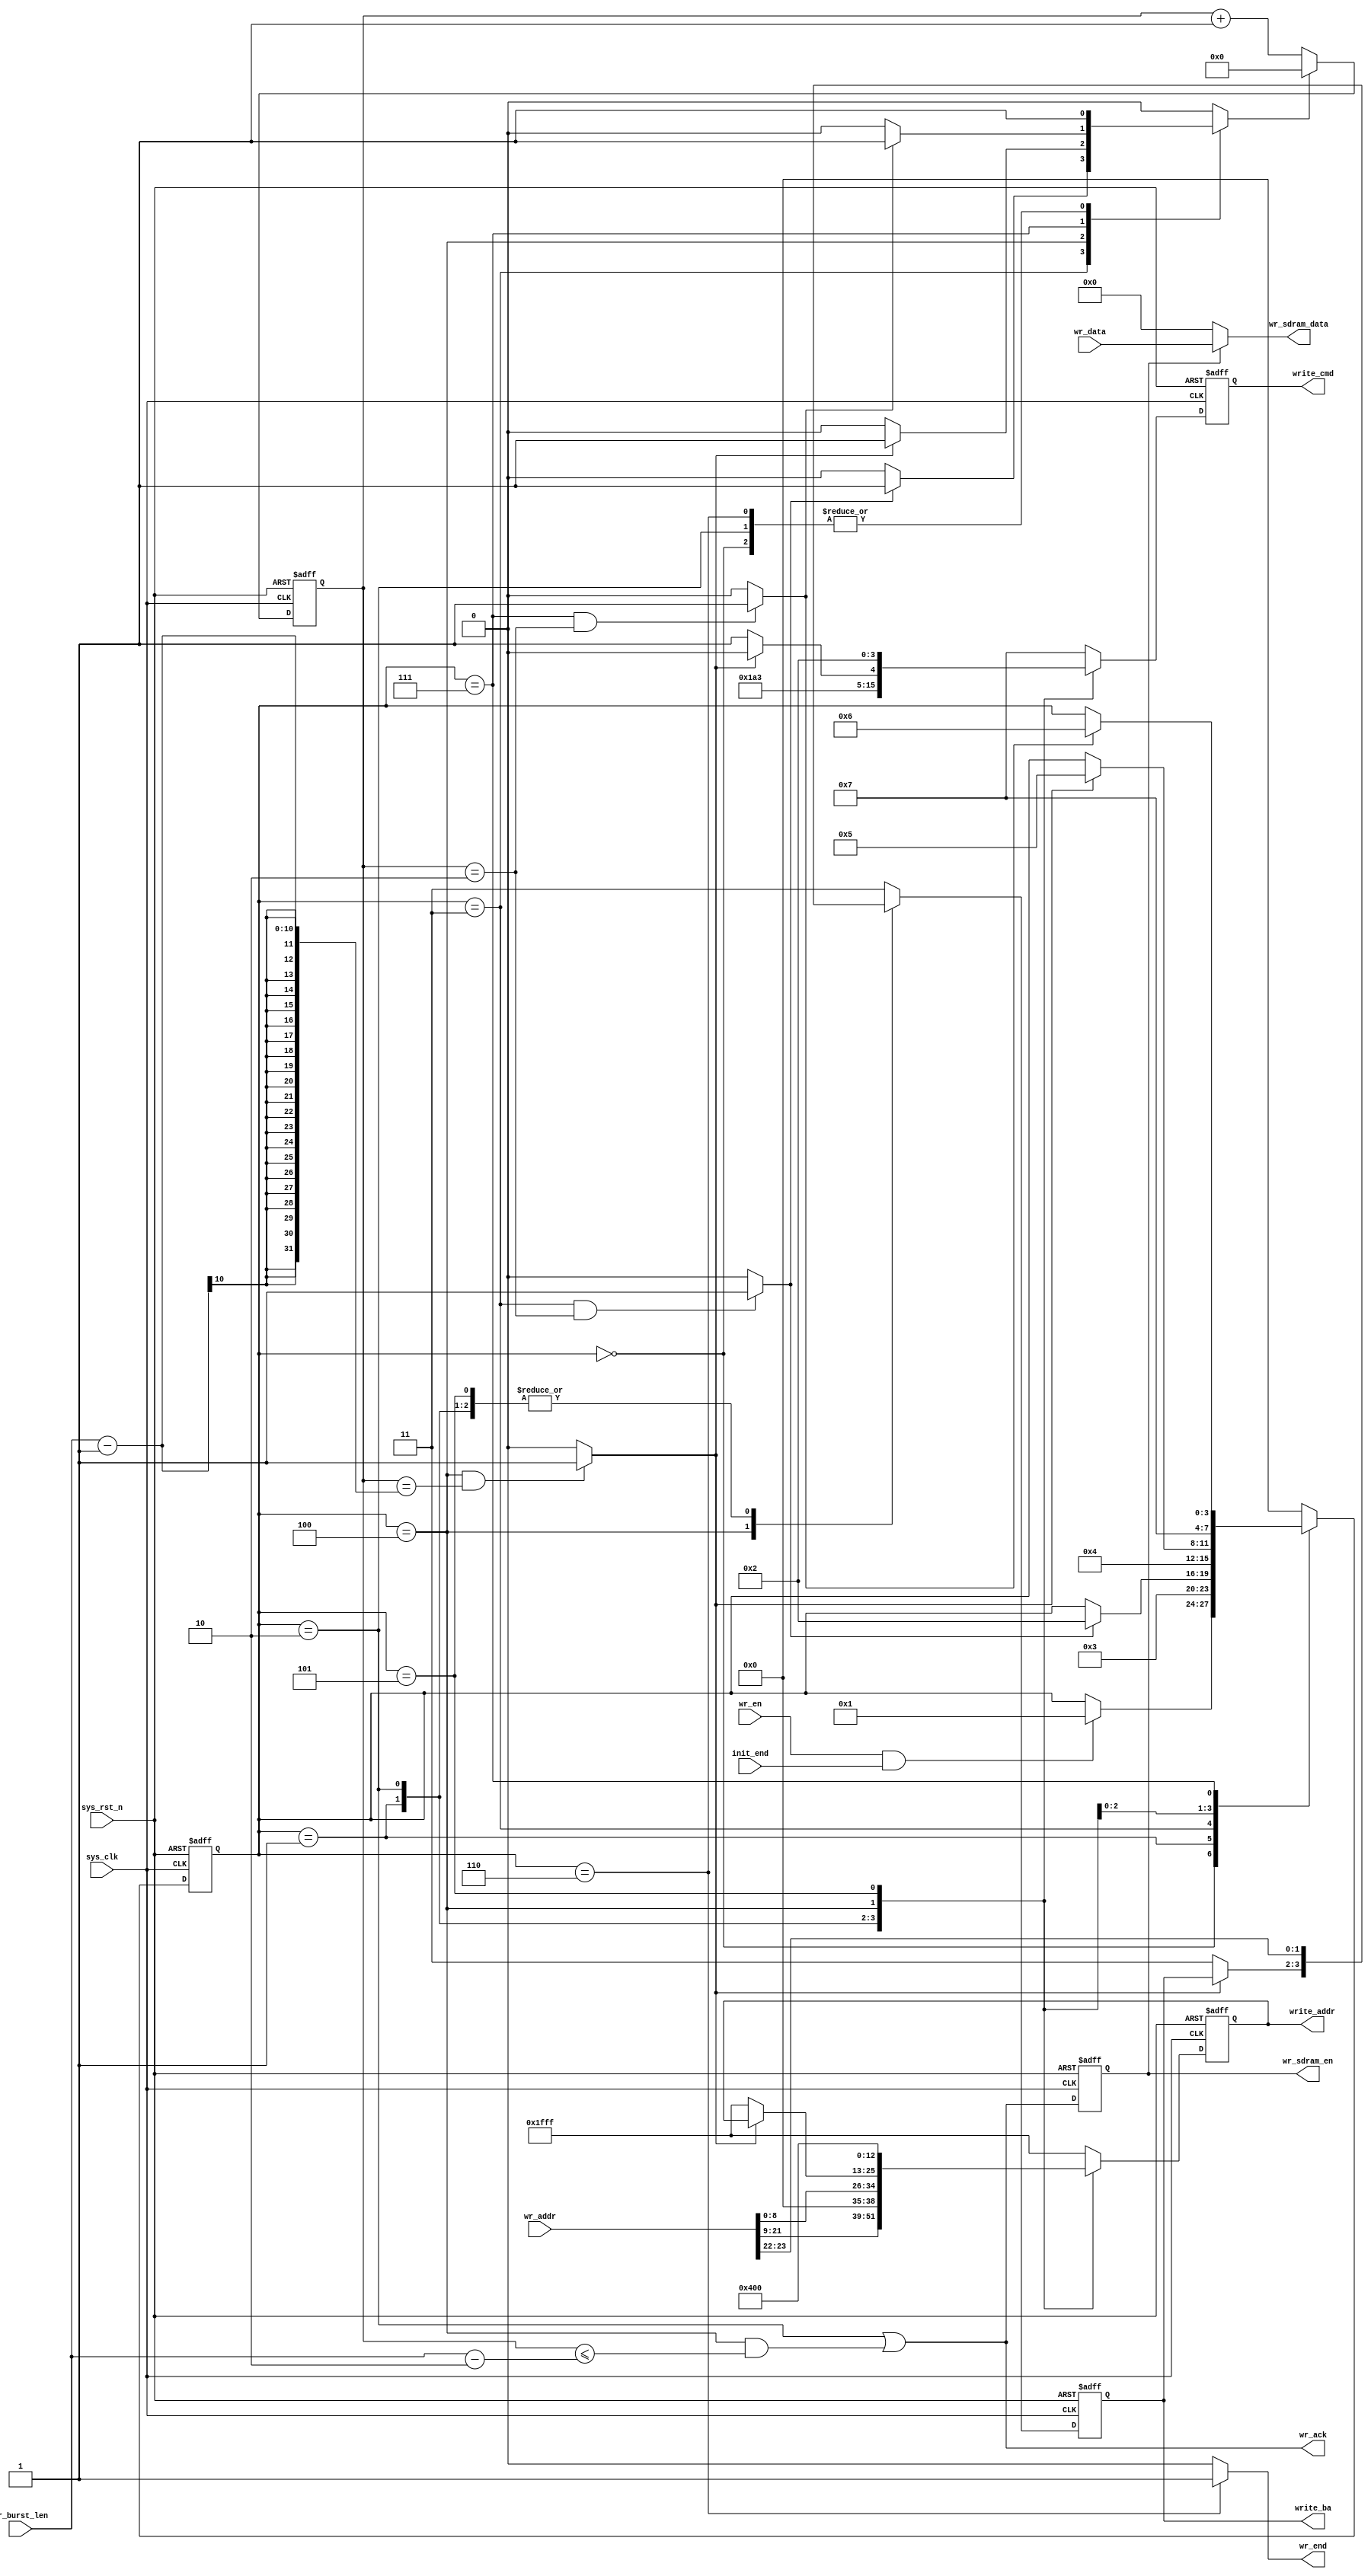
`timescale  1ns/1ns
////////////////////////////////////////////////////////////////////////
// Module Name   : sdram_write
// Project Name  : eth_tft_pic
// Target Devices: Altera EP4CE10F17C8N
// Tool Versions : Quartus 13.0
// Description   : SDRAM
// 
// Revision      : V1.0
// Additional Comments:
// 
// : _Pro_FPGA
//     : http://www.embedfire.com
//     : http://www.firebbs.cn
//     : https://fire-stm32.taobao.com
////////////////////////////////////////////////////////////////////////

module  sdram_write
(
    input   wire            sys_clk         ,   //,100MHz
    input   wire            sys_rst_n       ,   //,
    input   wire            init_end        ,   //
    input   wire            wr_en           ,   //
    input   wire    [23:0]  wr_addr         ,   //SDRAM
    input   wire    [15:0]  wr_data         ,   //SDRAM(FIFO)
    input   wire    [9:0]   wr_burst_len    ,   //SDRAM

    output  wire            wr_ack          ,   //SDRAM
    output  wire            wr_end          ,   //
    output  reg     [3:0]   write_cmd       ,   //sdram,{cs_n,ras_n,cas_n,we_n}
    output  reg     [1:0]   write_ba        ,   //Bank
    output  reg     [12:0]  write_addr      ,   //,,,A12-A0,13
    output  reg             wr_sdram_en     ,   //
    output  wire    [15:0]  wr_sdram_data       //SDRAM
);

//********************************************************************//
//****************** Parameter and Internal Signal *******************//
//********************************************************************//

//parameter     define
parameter   TRCD_CLK    =   10'd2   ,   //
            TRP_CLK     =   10'd2   ;   //
parameter   WR_IDLE     =   4'b0000 ,   //
            WR_ACTIVE   =   4'b0001 ,   //
            WR_TRCD     =   4'b0011 ,   //
            WR_WRITE    =   4'b0010 ,   //
            WR_DATA     =   4'b0100 ,   //
            WR_PRE      =   4'b0101 ,   //
            WR_TRP      =   4'b0111 ,   //
            WR_END      =   4'b0110 ;   //
parameter   NOP         =   4'b0111 ,   //
            ACTIVE      =   4'b0011 ,   //
            WRITE       =   4'b0100 ,   //
            B_STOP      =   4'b0110 ,   //
            P_CHARGE    =   4'b0010 ;   //

//wire  define
wire            trcd_end    ;   //
wire            twrite_end  ;   //
wire            trp_end     ;   //

//reg   define
reg     [3:0]   write_state ;   //SDRAM
reg     [9:0]   cnt_clk     ;   //,
reg             cnt_clk_rst ;   //

//********************************************************************//
//***************************** Main Code ****************************//
//********************************************************************//

//wr_end:
assign  wr_end = (write_state == WR_END) ? 1'b1 : 1'b0;

//wr_ack:SDRAM
assign  wr_ack = ( write_state == WR_WRITE)
                || ((write_state == WR_DATA) 
                && (cnt_clk <= (wr_burst_len - 2'd2)));

//cnt_clk:,
always@(posedge sys_clk or negedge sys_rst_n)
    if(sys_rst_n == 1'b0)
        cnt_clk <=  10'd0;
    else    if(cnt_clk_rst == 1'b1)
        cnt_clk <=  10'd0;
    else
        cnt_clk <=  cnt_clk + 1'b1;

//trcd_end,twrite_end,trp_end:
assign  trcd_end    =   ((write_state == WR_TRCD)
                        &&(cnt_clk == TRCD_CLK        )) ? 1'b1 : 1'b0;    //
assign  twrite_end  =   ((write_state == WR_DATA)
                        &&(cnt_clk == wr_burst_len - 1)) ? 1'b1 : 1'b0;    //
assign  trp_end     =   ((write_state == WR_TRP )
                        &&(cnt_clk == TRP_CLK         )) ? 1'b1 : 1'b0;    //

//write_state:SDRAM
always@(posedge sys_clk or negedge sys_rst_n)
    if(sys_rst_n == 1'b0)
            write_state <=  WR_IDLE;
    else
        case(write_state)
            WR_IDLE:
                if((wr_en ==1'b1) && (init_end == 1'b1))
                        write_state <=  WR_ACTIVE;
                else
                        write_state <=  write_state;
            WR_ACTIVE:
                write_state <=  WR_TRCD;
            WR_TRCD:
                if(trcd_end == 1'b1)
                    write_state <=  WR_WRITE;
                else
                    write_state <=  write_state;
            WR_WRITE:
                write_state <=  WR_DATA;
            WR_DATA:
                if(twrite_end == 1'b1)
                    write_state <=  WR_PRE;
                else
                    write_state <=  write_state;
            WR_PRE:
                write_state <=  WR_TRP;
            WR_TRP:
                if(trp_end == 1'b1)
                    write_state <=  WR_END;
                else
                    write_state <=  write_state;

            WR_END:
                write_state <=  WR_IDLE;
            default:
                write_state <=  WR_IDLE;
        endcase

//
always@(*)
    begin
        case(write_state)
            WR_IDLE:    cnt_clk_rst   <=  1'b1;
            WR_TRCD:    cnt_clk_rst   <=  (trcd_end == 1'b1) ? 1'b1 : 1'b0;
            WR_WRITE:   cnt_clk_rst   <=  1'b1;
            WR_DATA:    cnt_clk_rst   <=  (twrite_end == 1'b1) ? 1'b1 : 1'b0;
            WR_TRP:     cnt_clk_rst   <=  (trp_end == 1'b1) ? 1'b1 : 1'b0;
            WR_END:     cnt_clk_rst   <=  1'b1;
            default:    cnt_clk_rst   <=  1'b0;
        endcase
    end

//SDRAM
always@(posedge sys_clk or negedge sys_rst_n)
    if(sys_rst_n == 1'b0)
        begin
            write_cmd   <=  NOP;
            write_ba    <=  2'b11;
            write_addr  <=  13'h1fff;
        end
    else
        case(write_state)
            WR_IDLE,WR_TRCD,WR_TRP:
                begin
                    write_cmd   <=  NOP;
                    write_ba    <=  2'b11;
                    write_addr  <=  13'h1fff;
                end
            WR_ACTIVE:  //
                begin
                    write_cmd   <=  ACTIVE;
                    write_ba    <=  wr_addr[23:22];
                    write_addr  <=  wr_addr[21:9];
                end
            WR_WRITE:   //
                begin
                    write_cmd   <=  WRITE;
                    write_ba    <=  wr_addr[23:22];
                    write_addr  <=  {4'b0000,wr_addr[8:0]};
                end     
            WR_DATA:    //
                begin
                    if(twrite_end == 1'b1)
                        write_cmd <=  B_STOP;
                    else
                        begin
                            write_cmd   <=  NOP;
                            write_ba    <=  2'b11;
                            write_addr  <=  13'h1fff;
                        end
                end
            WR_PRE:     //
                begin
                    write_cmd   <= P_CHARGE;
                    write_ba    <= wr_addr[23:22];
                    write_addr  <= 13'h0400;
                end
            WR_END:
                begin
                    write_cmd   <=  NOP;
                    write_ba    <=  2'b11;
                    write_addr  <=  13'h1fff;
                end
            default:
                begin
                    write_cmd   <=  NOP;
                    write_ba    <=  2'b11;
                    write_addr  <=  13'h1fff;
                end
        endcase

//wr_sdram_en:
always@(posedge sys_clk or negedge sys_rst_n)
    if(sys_rst_n == 1'b0)
        wr_sdram_en <=  1'b0;
    else
        wr_sdram_en <=  wr_ack;

//wr_sdram_data:SDRAM
assign  wr_sdram_data = (wr_sdram_en == 1'b1) ? wr_data : 16'd0;

endmodule